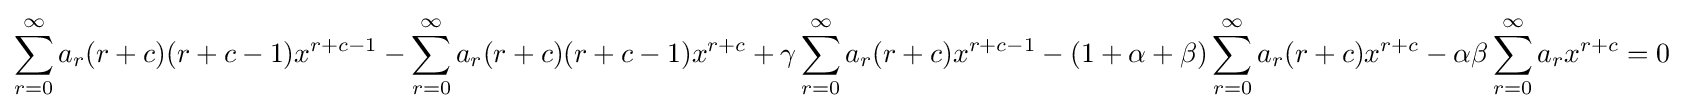
\sum _{r=0}^{\infty }a_{r}(r+c)(r+c-1)x^{r+c-1}-\sum _{r=0}^{\infty }a_{r}(r+c)(r+c-1)x^{r+c}+\gamma \sum _{r=0}^{\infty }a_{r}(r+c)x^{r+c-1}-(1+\alpha +\beta )\sum _{r=0}^{\infty }a_{r}(r+c)x^{r+c}-\alpha \beta \sum _{r=0}^{\infty }a_{r}x^{r+c}=0